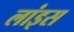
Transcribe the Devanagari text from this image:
लांइस